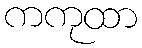
ကကုထာ